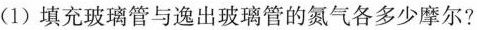
(1)填充玻璃管与逸出玻璃管的氮气各多少摩尔?